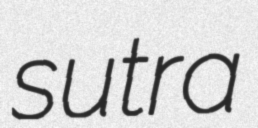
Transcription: sutra